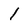
Character: l